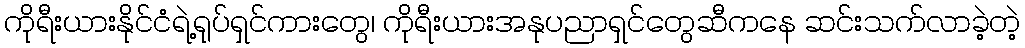
ကိုရီးယားနိုင်ငံရဲ့ရုပ်ရှင်ကားတွေ၊ ကိုရီးယားအနုပညာရှင်တွေဆီကနေ ဆင်းသက်လာခဲ့တဲ့